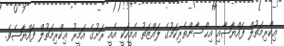
ޢިކްރިމަތުލް ފައްޔާޟާއި އިޙްސާންތެރިކަމުގެ ލައްޒަތު އެމީހަކީ އެއީ ރަށުގެ އަމީރު ޢިކްރިމަތުލް ފައްޔާޟެވެ.